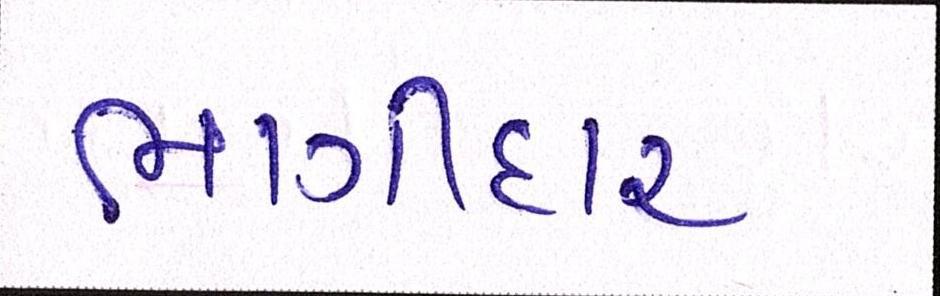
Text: ભાગીદાર